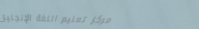
مركز تعليم اللغة الإنجليز